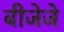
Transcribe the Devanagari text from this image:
बीजेजे